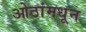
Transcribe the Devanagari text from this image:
ओठांमधून